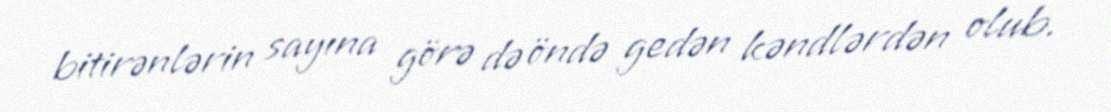
bitirənlərin sayına görə də öndə gedən kəndlərdən olub.